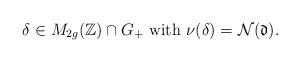
LaTeX: \begin{align*}\delta\in M_{2g}(\mathbb{Z})\cap G_+~\textrm{with}~\nu(\delta)=\mathcal{N}(\mathfrak{d}).\end{align*}